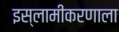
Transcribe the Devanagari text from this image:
इस्लामीकरणाला